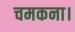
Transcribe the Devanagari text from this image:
चमकना।